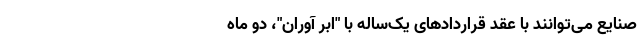
صنایع می‌توانند با عقد قراردادهای یک‌ساله با "ابر آوران"، دو ماه